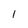
Character: l